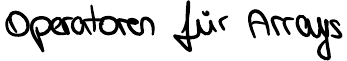
Operatoren für Arrays